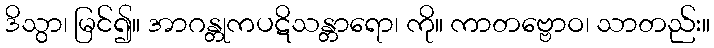
ဒိသွာ၊ မြင်၍။ အာဂန္တုကပဋိသန္တာရော၊ ကို။ ကာတဗ္ဗောဝ၊ သာတည်း။